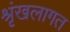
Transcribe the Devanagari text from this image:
श्रृंखलागत